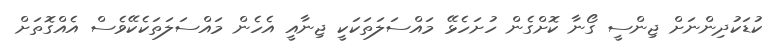
ކުޑަކުދިންނަށް ޖިންސީ ގޯނާ ކޮށްގެން ހުށަހެޅޭ މައްސަލަތަކަކީ ޖިނާއީ އެހެން މައްސަލަތަކެކޭވެސް އެއްގޮތަށް